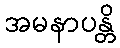
အမနာပန္တိ